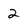
Character: 2